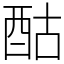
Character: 酤